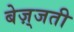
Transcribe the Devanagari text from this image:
बेज़्जती